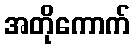
အတိုကောက်